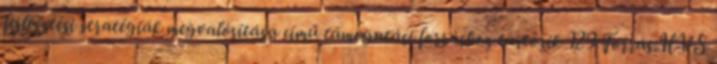
fejlesztési stratégiák megvalósítása című támogatási forráshoz tartozik 129 Forrás:HVS